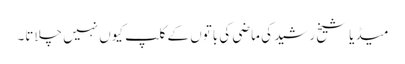
میڈیا شیخ رشید کی ماضی کی باتوں کے کلپ کیوں نہیں چلاتا۔